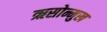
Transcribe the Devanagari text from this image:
ऋसोन्मुख